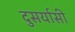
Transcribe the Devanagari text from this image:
दुसर्यासी